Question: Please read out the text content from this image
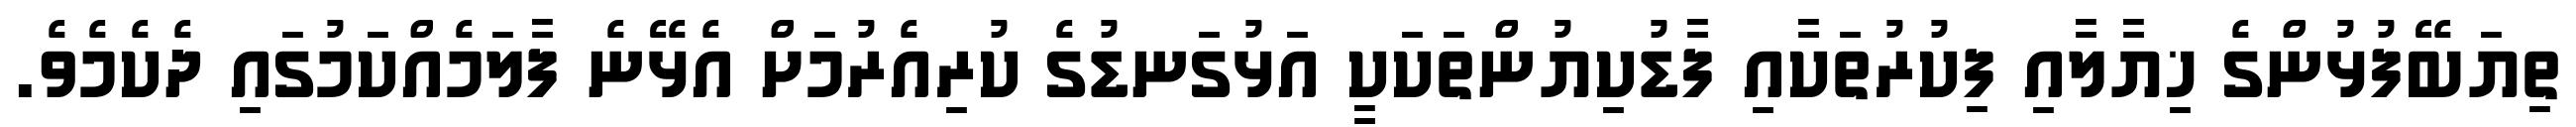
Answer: ތިޔަބޭފުޅުންގެ ޚިޔާލާއި ފިކުރުތަކާއި ފާޑުކިޔުންތަކަކީ އަޅުގަނޑުގެ ކުރިއެރުމަށް އެޅޭނެ ފާލަމެއްކަމުގައި ދެކެމެވެ.